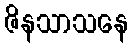
ဇိနသာသနေ